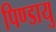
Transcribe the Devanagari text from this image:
पिण्डायु